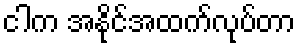
ငါက အနိုင်အထက်လုပ်တာ